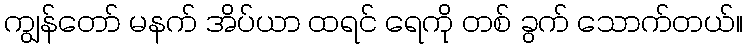
ကျွန်တော် မနက် အိပ်ယာ ထရင် ရေကို တစ် ခွက် သောက်တယ်။